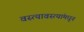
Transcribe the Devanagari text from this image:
वस्त्यावस्त्यांमधून